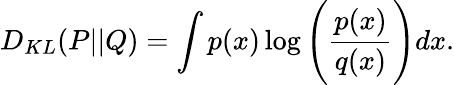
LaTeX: D_{KL}(P||Q)=\int p(x)\log\Bigg(\frac{p(x)}{q(x)}\Bigg)dx.